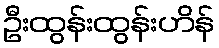
ဦးထွန်းထွန်းဟိန်